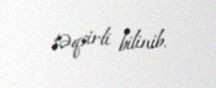
təqsirli bilinib.